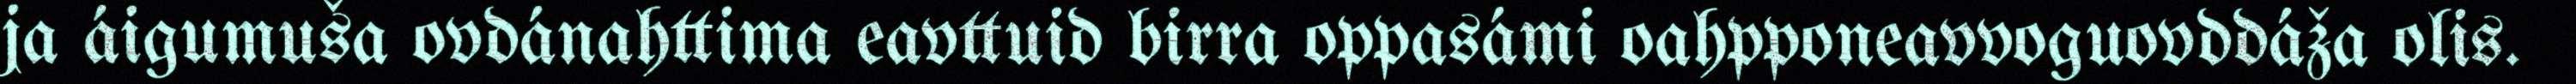
ja áigumuša ovdánahttima eavttuid birra oppasámi oahpponeavvoguovddáža olis.